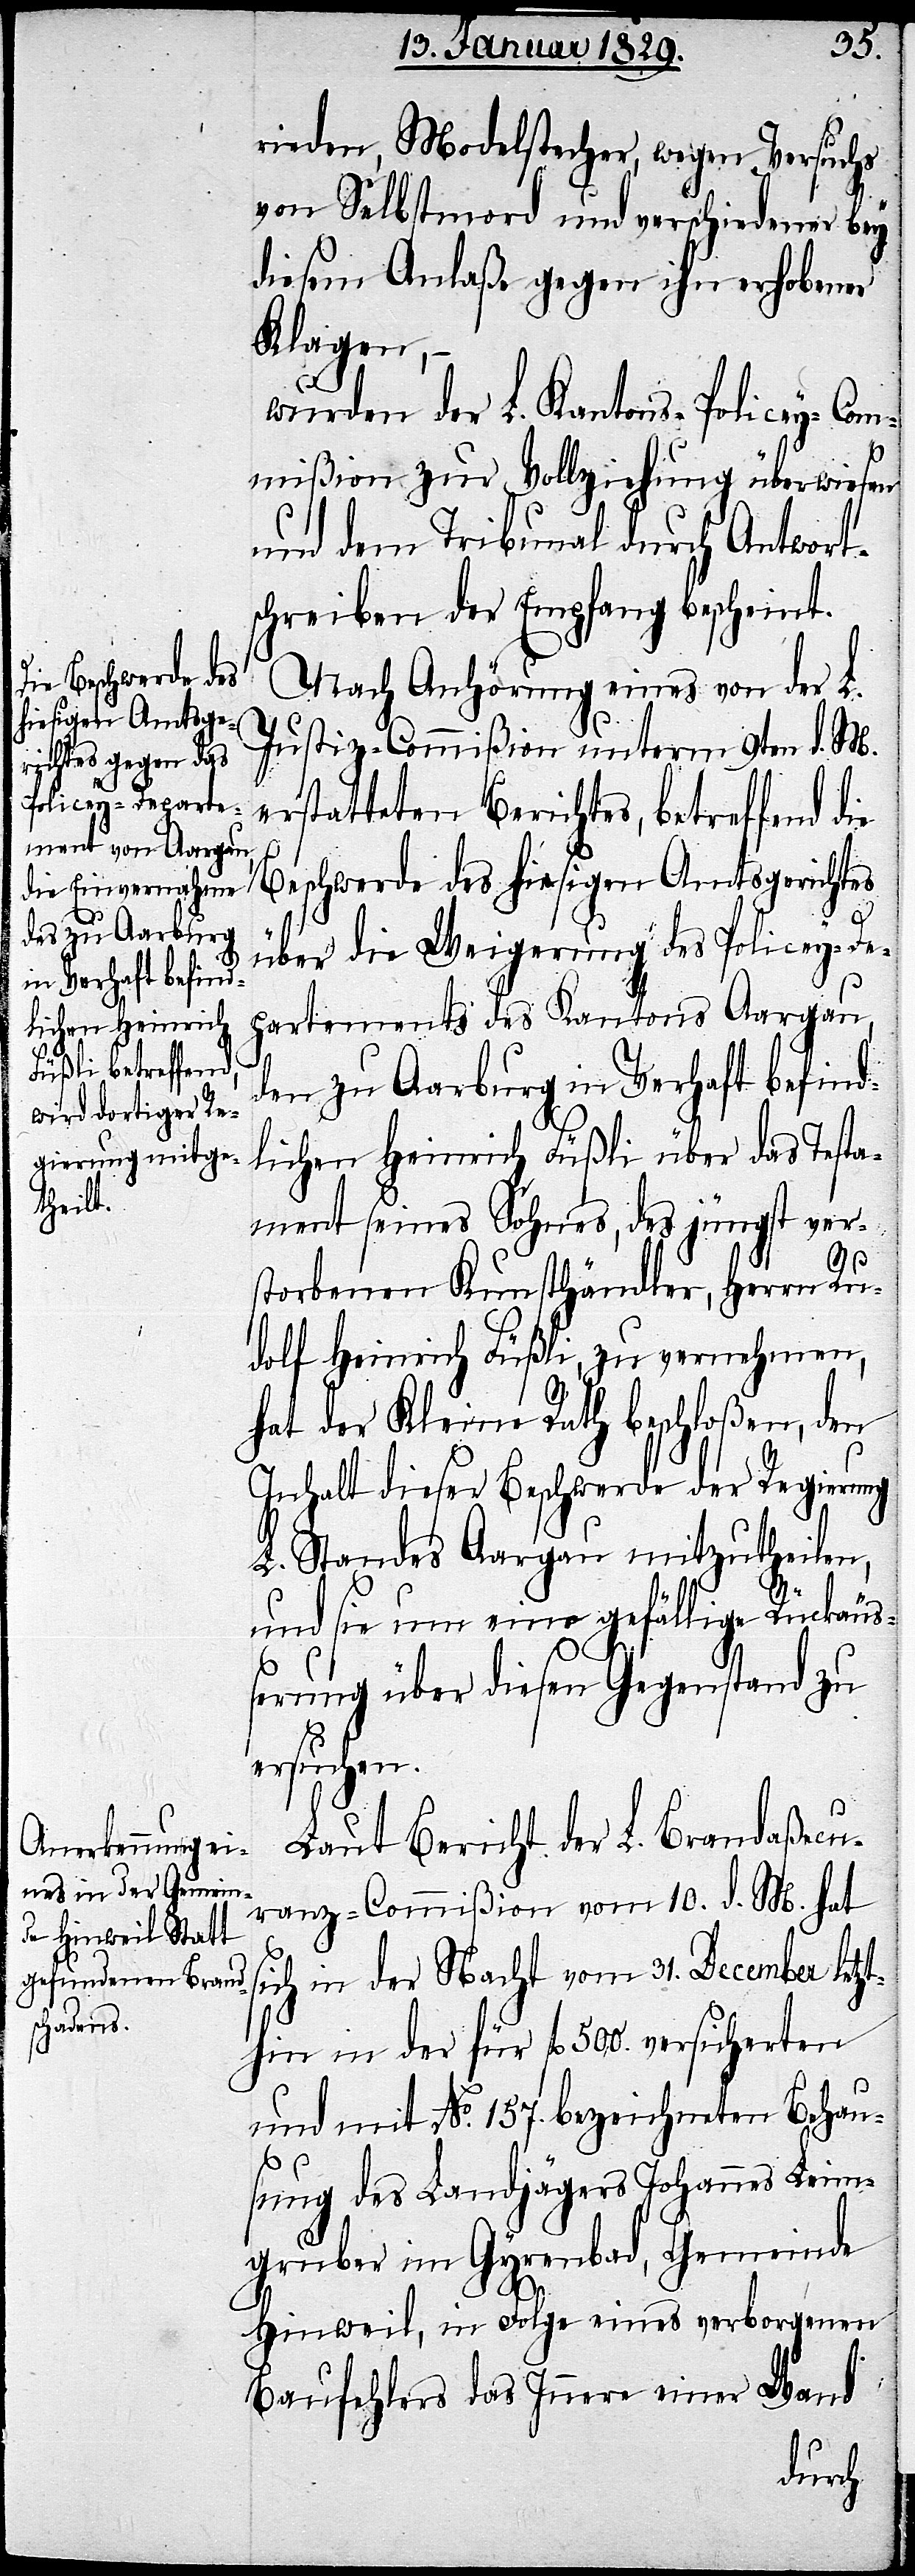
rieden, Modelstecher, wegen Versuchs
von Selbstmord und verschiedenen bey
diesem Anlaße gegen ihn erhobener
Klagen,–
wurden der L. Kantons-Policey-Com¬
mißion zur Vollziehung überwiesen
und dem Tribunal durch Antwort¬
schreiben der Empfang bescheint.
Nach Anhörung eines von der L.
Justiz-Commißion unterm 9ten d. M.
erstatteten Berichtes, betreffend die
Beschwerde des hiesigen Amtsgerichtes
über die Weigerung des Policey-De¬
partements des Kantons Aargau,
den zu Aarburg in Verhaft befind¬
lichen Heinrich Füßli über das Testa¬
ment seines Sohnes, des jüngst ver¬
storbenen Kunsthändler, Herrn Ru¬
dolf Heinrich Füßli, zu vernehmen,
hat der Kleine Rath beschloßen, den
Inhalt dieser Beschwerde der Regierung
L. Standes Aargau mitzutheilen,
und sie um eine gefällige Rückäuß¬
erung über diesen Gegenstand zu
ersuchen.
Laut Bericht der L. Brandaßecu¬
ranz-Commißion vom 10. d. M. hat
sich in der Nacht vom 31. December letzt¬
hin in der für fl. 500. versicherten
und mit No. 157. bezeichneten Behau¬
sung des Landjägers Johannes Leim¬
gruber im Gyrenbad, Gemeinde
Hinweil, in Folge eines verborgenen
Baufehlers das Innere einer Wand